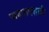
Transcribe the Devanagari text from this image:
पादपादशाही